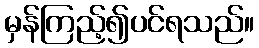
မှန်ကြည့်၍ပင်ရသည်။